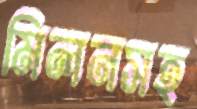
মিলনসহ